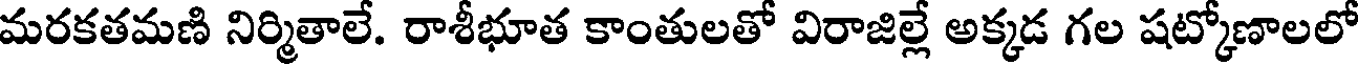
మరకతమణి నిర్మితాలే. రాశీభూత కాంతులతో విరాజిల్లే అక్కడ గల షట్కోణాలలో